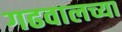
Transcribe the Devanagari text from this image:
गढवालच्या